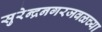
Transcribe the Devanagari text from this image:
सुरेन्द्रनगरजवळच्या